Annual administration report of the Bombay Presidency - 1887-1892
Year: 1887
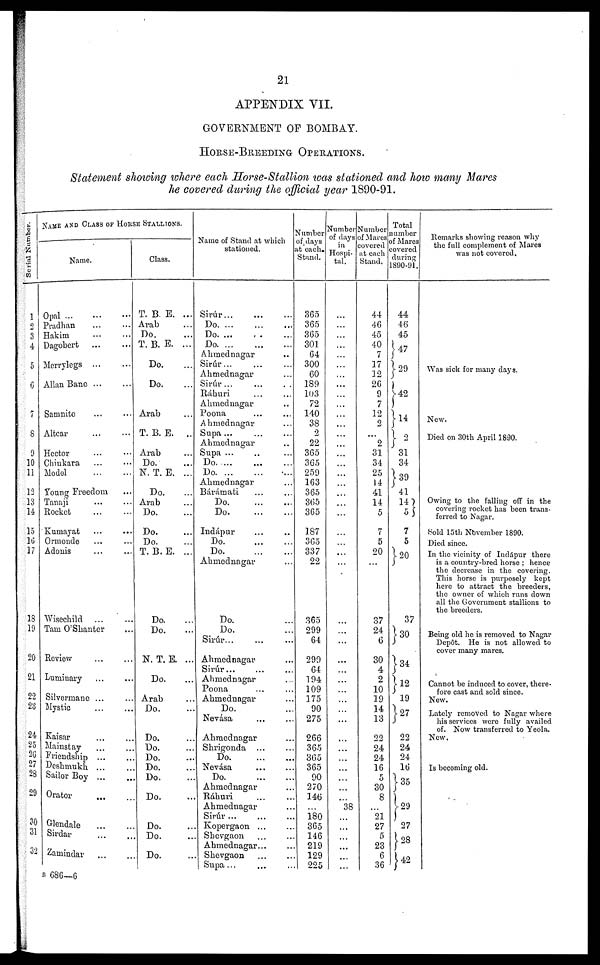
21
APPENDIX VII.
GOVERNMENT OF BOMBAY.
HORSE-BREEDING
OPERATIONS.
Statement showing where each Horse-Stallion was stationed and how many Mares
he covered during the official year 1890-91.
Serial Number.
1
2
3
4
5
6
7
8
9
10
11
12
13
14
15
16
17
18
19
20
21
22
23
24
25
26
27
28
29
30
31
32
NAME AND CLASS OF HORSES.
Name.
Opal ...
...
...
Pradhan
...
...
Hakim ... ...
Dagobert ... ...
Merrylegs
...
...
Allan Bane
...
...
Sanmite ... ...
Altear ... ...
Hector ... ...
Chinkara ... ...
Model
...
...
Young Freedom ...
Tanaji ... ...
Rocket ... ...
Kumayat ... ...
Ormonde ... ...
Adonis ... ...
Wisechild ... ...
Tam O'Shanter ...
Review ... ...
Luminary ... ...
Silvermane ... ...
Mystic ... ...
Kaisar ... ...
Mainstay ... ...
Friendship ... ...
Deshmukh ... ...
Sailor Boy ... ..
Orator
... ...
Glendale
...
...
Sirdar ... ...
Zamindar
...
...
Class.
T. B. E. ...
Arab ...
Do. ...
T. B. E. ...
Do. ...
Do. ...
Arab ...
T. B. E. ..
Arab ...
Do. ...
N. T. E. ...
Do. ...
Arab ...
Do. ...
Do. ...
Do. ...
T. B. B. ...
Do. ...
Do. ...
N. T. E. ...
Do. ...
Arab ...
Do. ...
Do. ...
Do. ...
Do. ...
Do. ...
Do. ...
Do. ...
Do. ...
Do. ...
Do. ...
Name of Stand at which
stationed.
Sirúr ... ... ...
Do.
...
...
...
Do. ... ... ...
Do.
...
...
...
Ahmednagar
Sirur...
Ahmednagar
Sirúr ... ... ...
Ráhuri ... ...
Ahmednagar ..
Poona ... ...
Ahmednagar ...
Supa ... ... ...
Ahmednagar ..
Supa ... .. ...
Do.
...
...
...
Do. ... ... ...
Ahmednagar ...
Bárámati ... ...
Do.
...
...
Do.
...
...
Indápur ... ..
Do.
...
...
Do. ... ...
Ahmednagar ...
Do. ...
Do. ...
Sirúr... ... ...
Ahmednagar ...
Sirúr... ... ...
Ahmednagar ...
Poona ... ...
Ahmednagar ...
Do. ...
Nevása ... ...
Ahmednagar ...
Shrigonda ... ...
Do
...
...
Nevása ... ...
Do
...
...
Ahmednagar ...
Ráhuri ... ...
Ahmednagar ...
Sirúr ... ... ...
Kopergaon ... ...
Shevgaon ... ...
Ahmednagar... ...
Shevgaon ... ..
Supa... ... ...
Number
of days
at each.
Stand.
365
365
365
301
64
300
60
189
103
72
140
38
2
22
365
365
259
163
365
365
365
187
365
337
22
365
299
64
299
64
194
109
175
90
275
266
365
365
365
90
270
146
...
180
365
146
219
129
225
Number
of days
in
Hospi-
tal.
...
...
...
...
...
...
...
...
...
...
...
...
...
...
...
...
...
...
...
...
...
...
...
...
...
...
...
...
...
...
...
...
...
...
...
...
. . .
...
...
...
...
38
...
...
...
...
...
...
Number
of Mares
covered
at each
Stand.
44
46
45
40
7
17
12
26
9
7
12
2
...
2
31
34
25
14
41
14
5
7
5
20
...
37
24
6
30
4
2
10
19
14
13
22
24
24
16
5
30
8
...
21
27
5
23
6
36
Total
number
of Mares
covered
during
1890-91.
44
46
45
47
29
...
...
...
42
2
31
34
39
41
14
5
7
5
20
37
30
...
34
12
19
27
22
24
24
16
35
29
27
28
42
Remarks showing reason why
the full complement of Mares
was not covered.
Was sick for many days.
New.
Died on 30th April 1890.
Owing to the falling off in the
covering rocket has been trans-
ferred to Nagar.
Sold 15th November 1890.
Died since.
In the vicinity of Indápur there
is a country-bred horse; hence
the decrease in the covering.
This horse is purposely kept
here to attract the breeders,
the owner of which runs down
all the Government stallions to
the breeders.
Being old he is removed to Nagar
Depôt. He is not allowed to
cover many mares.
Cannot be induced to cover, there-
fore cast and sold since.
New.
Lately removed to Nagar where
his services wore fully availed
of. Now transferred to Yeola.
New.
Is becoming old.
B 686—6